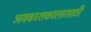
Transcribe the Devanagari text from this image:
अवकाशकालासाठी